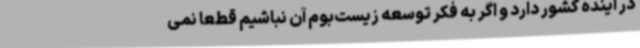
در آینده کشور دارد و اگر به فکر توسعه زیست‌بوم آن نباشیم قطعا نمی